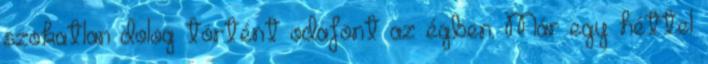
szokatlan dolog történt odafönt az égben. Már egy héttel